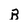
Character: B